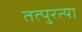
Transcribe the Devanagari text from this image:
तत्पुरत्या